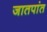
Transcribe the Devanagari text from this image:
जातपांत